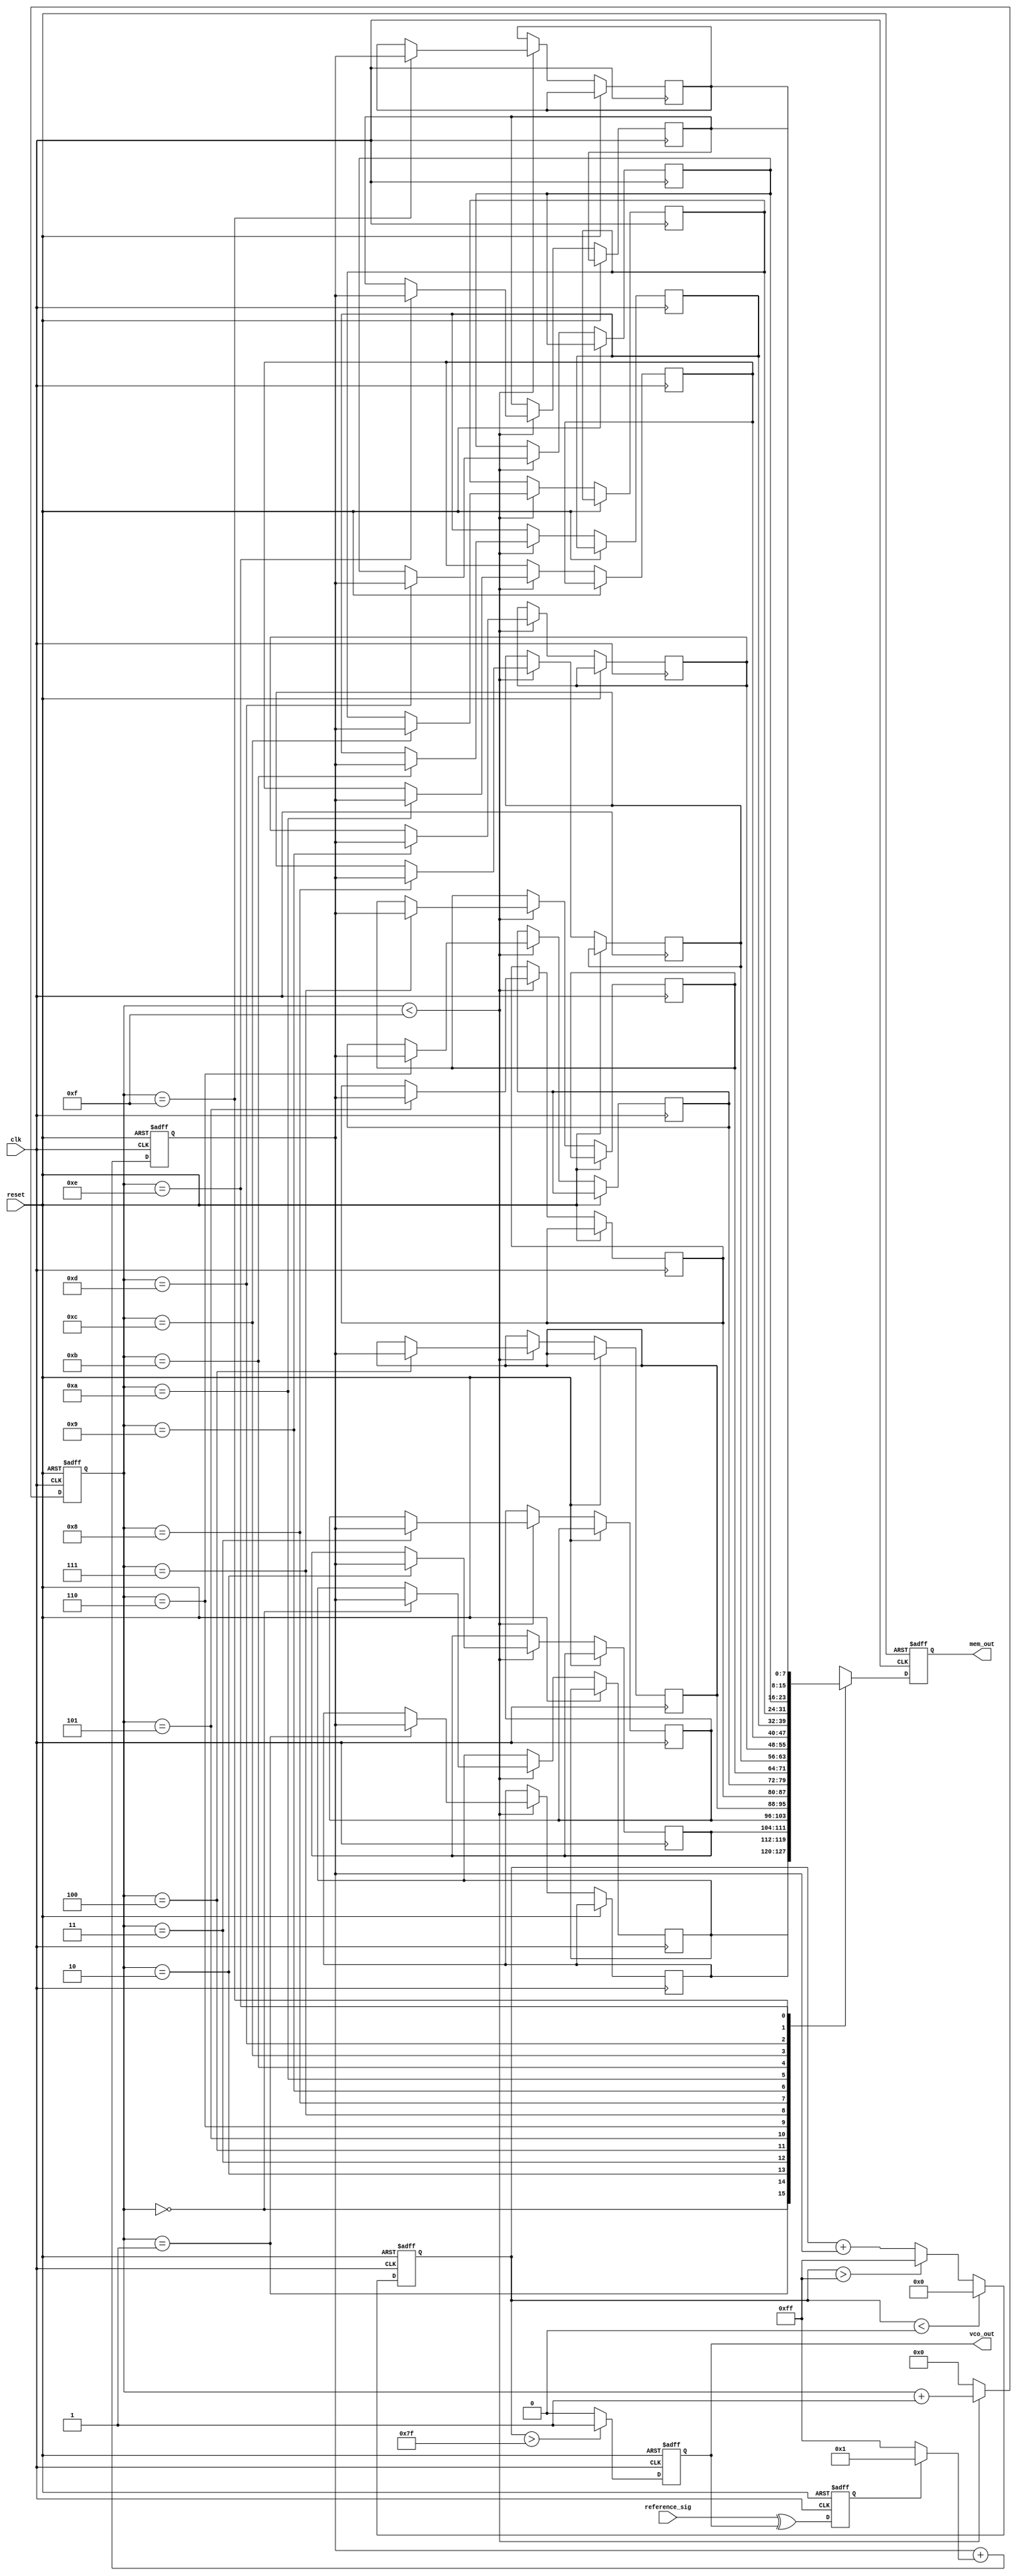
module DPLL (
    input wire clk,               // Main clock
    input wire reset,             // Asynchronous reset
    input wire reference_sig,     // Reference signal for synchronization
    output reg vco_out,           // Output of the VCO
    output reg [7:0] mem_out      // Memory output (for phase information)
);

    // Phase Detector
    reg phase_error;               // Phase error signal
    reg last_reference;            // Store last reference state
    reg last_vco;                  // Store last VCO state

    // Loop Filter
    reg [7:0] filter_output;       // Output of loop filter
    parameter FILTER_GAIN = 8'h01; // Gain of the loop filter

    // Voltage-Controlled Oscillator (VCO)
    reg [7:0] vco_freq;            // VCO frequency control variable
    parameter VCO_MAX_FREQ = 8'd255; // Max frequency value
    parameter VCO_MIN_FREQ = 8'd0;   // Min frequency value

    // Memory (FIFO like storage for phase information)
    reg [7:0] phase_memory [0:15]; // Phase memory block (FIFO)
    reg [3:0] mem_index;            // Memory index for writing/reading
    initial mem_index = 4'b0;
    
    // Phase Detector Logic
    always @(posedge clk or posedge reset) begin
        if (reset) begin
            last_reference <= 1'b0;
            last_vco <= 1'b0;
            phase_error <= 1'b0;
        end else begin
            phase_error <= reference_sig ^ vco_out; // Simple phase comparison
            last_reference <= reference_sig;
            last_vco <= vco_out;
        end
    end

    // Loop Filter Logic
    always @(posedge clk or posedge reset) begin
        if (reset) begin
            filter_output <= 8'b0;
        end else begin
            filter_output <= filter_output + (phase_error ? FILTER_GAIN : -FILTER_GAIN); // Simple LPF
        end
    end

    // VCO Logic
    always @(posedge clk or posedge reset) begin
        if (reset) begin
            vco_freq <= 8'd128; // Start frequency mid-range
            vco_out <= 0;
        end else begin
            // Adjust VCO frequency based on filter output
            vco_freq <= vco_freq + filter_output;
            if (vco_freq > VCO_MAX_FREQ) vco_freq <= VCO_MAX_FREQ;
            if (vco_freq < VCO_MIN_FREQ) vco_freq <= VCO_MIN_FREQ;

            // Generate the VCO output (via simple toggling for demo)
            vco_out <= (vco_freq > 8'd127) ? 1 : 0; // Simple VCO output modulation
        end
    end

    // Memory Logic
    always @(posedge clk or posedge reset) begin
        if (reset) begin
            mem_index <= 4'b0;
            mem_out <= 8'b0;
        end else begin
            if (mem_index < 4'd15) begin
                phase_memory[mem_index] <= filter_output; // Store filter output as phase info
                mem_index <= mem_index + 1;
            end else begin
                mem_index <= 4'd0; // Reset index for simplicity
            end

            mem_out <= phase_memory[mem_index]; // Read memory output
        end
    end

endmodule